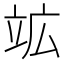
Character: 䇊